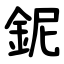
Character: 鈮